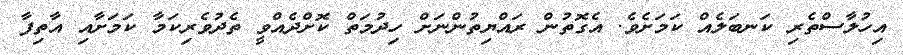
އިހުލާސްތެރި ކަނބަލެއް ކަމަށެވެ. އެގޮތުން ރައްޔިތުންނަށް ހިދުމަތް ކޮށްދެއްވީ ތެދުވެރިކަމާ ކަމަށާއި އާތިފާ